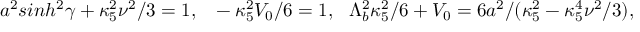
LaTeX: a ^ { 2 } s i n h ^ { 2 } \gamma + \kappa _ { 5 } ^ { 2 } \nu ^ { 2 } / 3 = 1 , ~ ~ - \kappa _ { 5 } ^ { 2 } V _ { 0 } / 6 = 1 , ~ ~ \Lambda _ { b } ^ { 2 } \kappa _ { 5 } ^ { 2 } / 6 + V _ { 0 } = 6 a ^ { 2 } / ( \kappa _ { 5 } ^ { 2 } - \kappa _ { 5 } ^ { 4 } \nu ^ { 2 } / 3 ) ,